Indian journal of veterinary science and animal husbandry - Volume 10,
Year: 1940
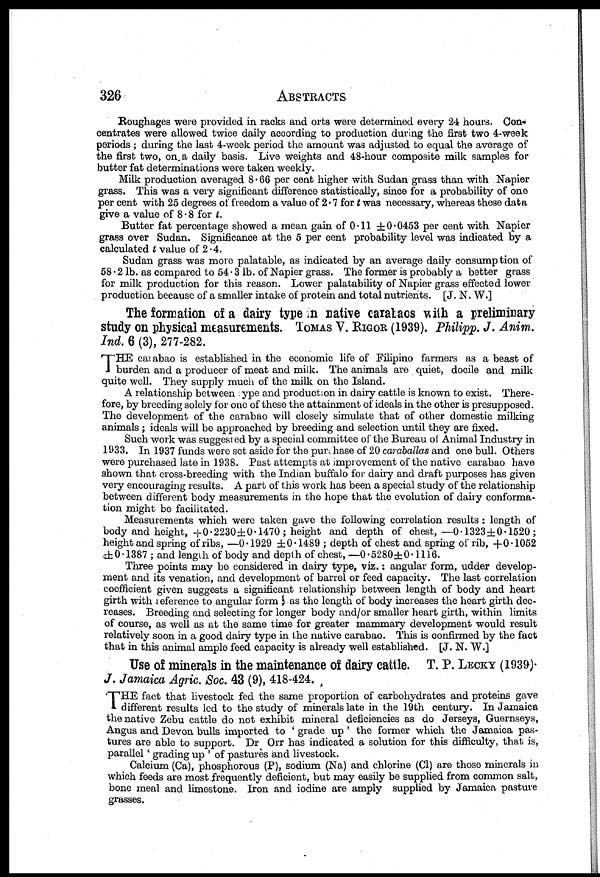
326
ABSTRACTS
Roughages were provided in racks and orts were determined every 24 hours. Con-
centrates were allowed twice daily according to production during the first two 4-week
periods ; during the last 4-week period the amount was adjusted to equal the average of
the first two, on a daily basis. Live weights and 48-hour composite milk samples for
butter fat determinations were taken weekly.
Milk production averaged 8.66 per cent higher with Sudan grass than with Napier
grass. This was a very significant difference statistically, since for a probability of one
per cent with 25 degrees of freedom a value of 2.7 for t was necessary, whereas these data
give a value of 8.8 for t.
Butter fat percentage showed a mean gain of 0.11 ±0.0453 per cent with Napier
grass over Sudan. Significance at the 5 per cent probability level was indicated by a
calculated t value of 2.4.
Sudan grass was more palatable, as indicated by an average daily consumption of
58 . 2 lb. as compared to 54.3 lb. of Napier grass. The former is probably a better grass
for milk production for this reason. Lower palatability of Napier grass effected lower
production because of a smaller intake of protein and total nutrients. [J. N. W.]
The formation of a dairy type in native carabacs with a preliminary
study on physical measurements. TOMAS V. RIGOR (1939). Philipp. J. Anim.
Ind. 6 (3), 277-282.
T HE carabao is established in the economic life of Filipino farmers as a beast of
burden and a producer of meat and milk. The animals are quiet, docile and milk
quite well. They supply much of the milk on the Island.
A relationship between : ype and production in dairy cattle is known to exist. There-
fore, by breeding solely for one of these the attainment of ideals in the other is presupposed.
The development of the carabao will closely simulate that of other domestic milking
animals ; ideals will be approached by breeding and selection until they are fixed.
Such work was suggested by a special committee of the Bureau of Animal Industry in
1933. In 1937 funds were set aside for the purchase of 20 caraballas and one bull. Others
were purchased late in 1938. Past attempts at improvement of the native carabao have
shown that cross-breeding with the Indian buffalo for dairy and draft purposes has given
very encouraging results. A part of this work has been a special study of the relationship
between different body measurements in the hope that the evolution of dairy conforma-
tion might be facilitated.
Measurements which were taken gave the following correlation results : length of
body and height, +0.2230±0.1470 ; height and depth of chest,—0.1323±0.1520 ;
height and spring of ribs, —0.1929 ±0.1489 ; depth of chest and spring of rib, +0.1052
±0.1387 ; and length of body and depth of chest, —0.5280±0.1116.
Three points may be considered in dairy type, viz.: angular form, udder develop-
ment and its venation, and development of barrel or feed capacity. The last correlation
coefficient given suggests a significant relationship between length of body and heart
girth with reference to angular form as the length of body increases the heart girth dec-
reases. Breeding and selecting for longer body and/or smaller heart girth, within limits
of course, as well as at the same time for greater mammary development would result
relatively soon in a good dairy type in the native carabao. This is confirmed by the fact
that in this animal ample feed capacity is already well established. [J. N. W.]
Use of minerals in the maintenance of dairy cattle. T. P. LECKY (1939).
J. Jamaica Agric. Soc. 43 (9), 418-424.
T HE fact that livestock fed the same proportion of carbohydrates and proteins gave
different results led to the study of minerals late in the 19th century. In Jamaica
the native Zebu cattle do not exhibit mineral deficiencies as do Jerseys, Guernseys,
Angus and Devon bulls imported to ' grade up ' the former which the Jamaica pas-
tures are able to support. Dr Orr has indicated a solution for this difficulty, that is,
parallel' grading up ' of pastures and livestock.
Calcium (Ca), phosphorous (P), sodium (Na) and chlorine (Cl) are those minerals in
which feeds are most frequently deficient, but may easily be supplied from common salt,
bone meal and limestone. Iron and iodine are amply supplied by Jamaica pasture
grasses.